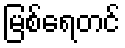
မြစ်ရေတင်